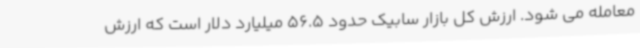
معامله می شود. ارزش کل بازار سابیک حدود 56.5 میلیارد دلار است که ارزش